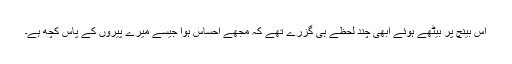
اس بینچ پر بیٹھے ہوئے ابھی چند لحظے ہی گزرے تھے کہ مجھے احساس ہوا جیسے میرے پیروں کے پاس کچھ ہے۔